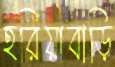
হরিয়াবাড়ি